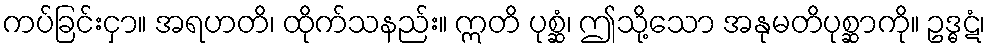
ကပ်ခြင်းငှာ။ အရဟတိ၊ ထိုက်သနည်း။ ဣတိ ပုစ္ဆံ၊ ဤသို့သော အနုမတိပုစ္ဆာကို။ ဥဒ္ဓဋံ၊